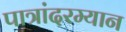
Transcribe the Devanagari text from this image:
पात्रांदरम्यान